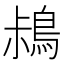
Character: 𪀖